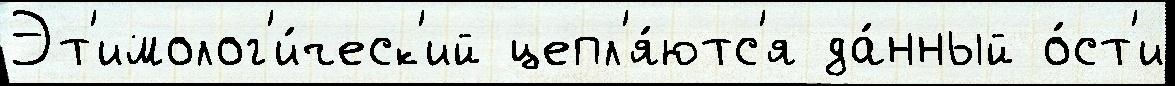
Эт'имолог'и́ческ'ий цепл'я́ютс'я да́нный о́ст'и